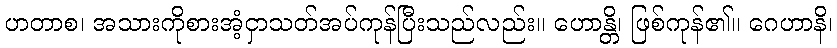
ဟတာစ၊ အသားကိုစားအံ့ငှာသတ်အပ်ကုန်ပြီးသည်လည်း။ ဟောန္တိ၊ ဖြစ်ကုန်၏။ ဂေဟာနိ၊